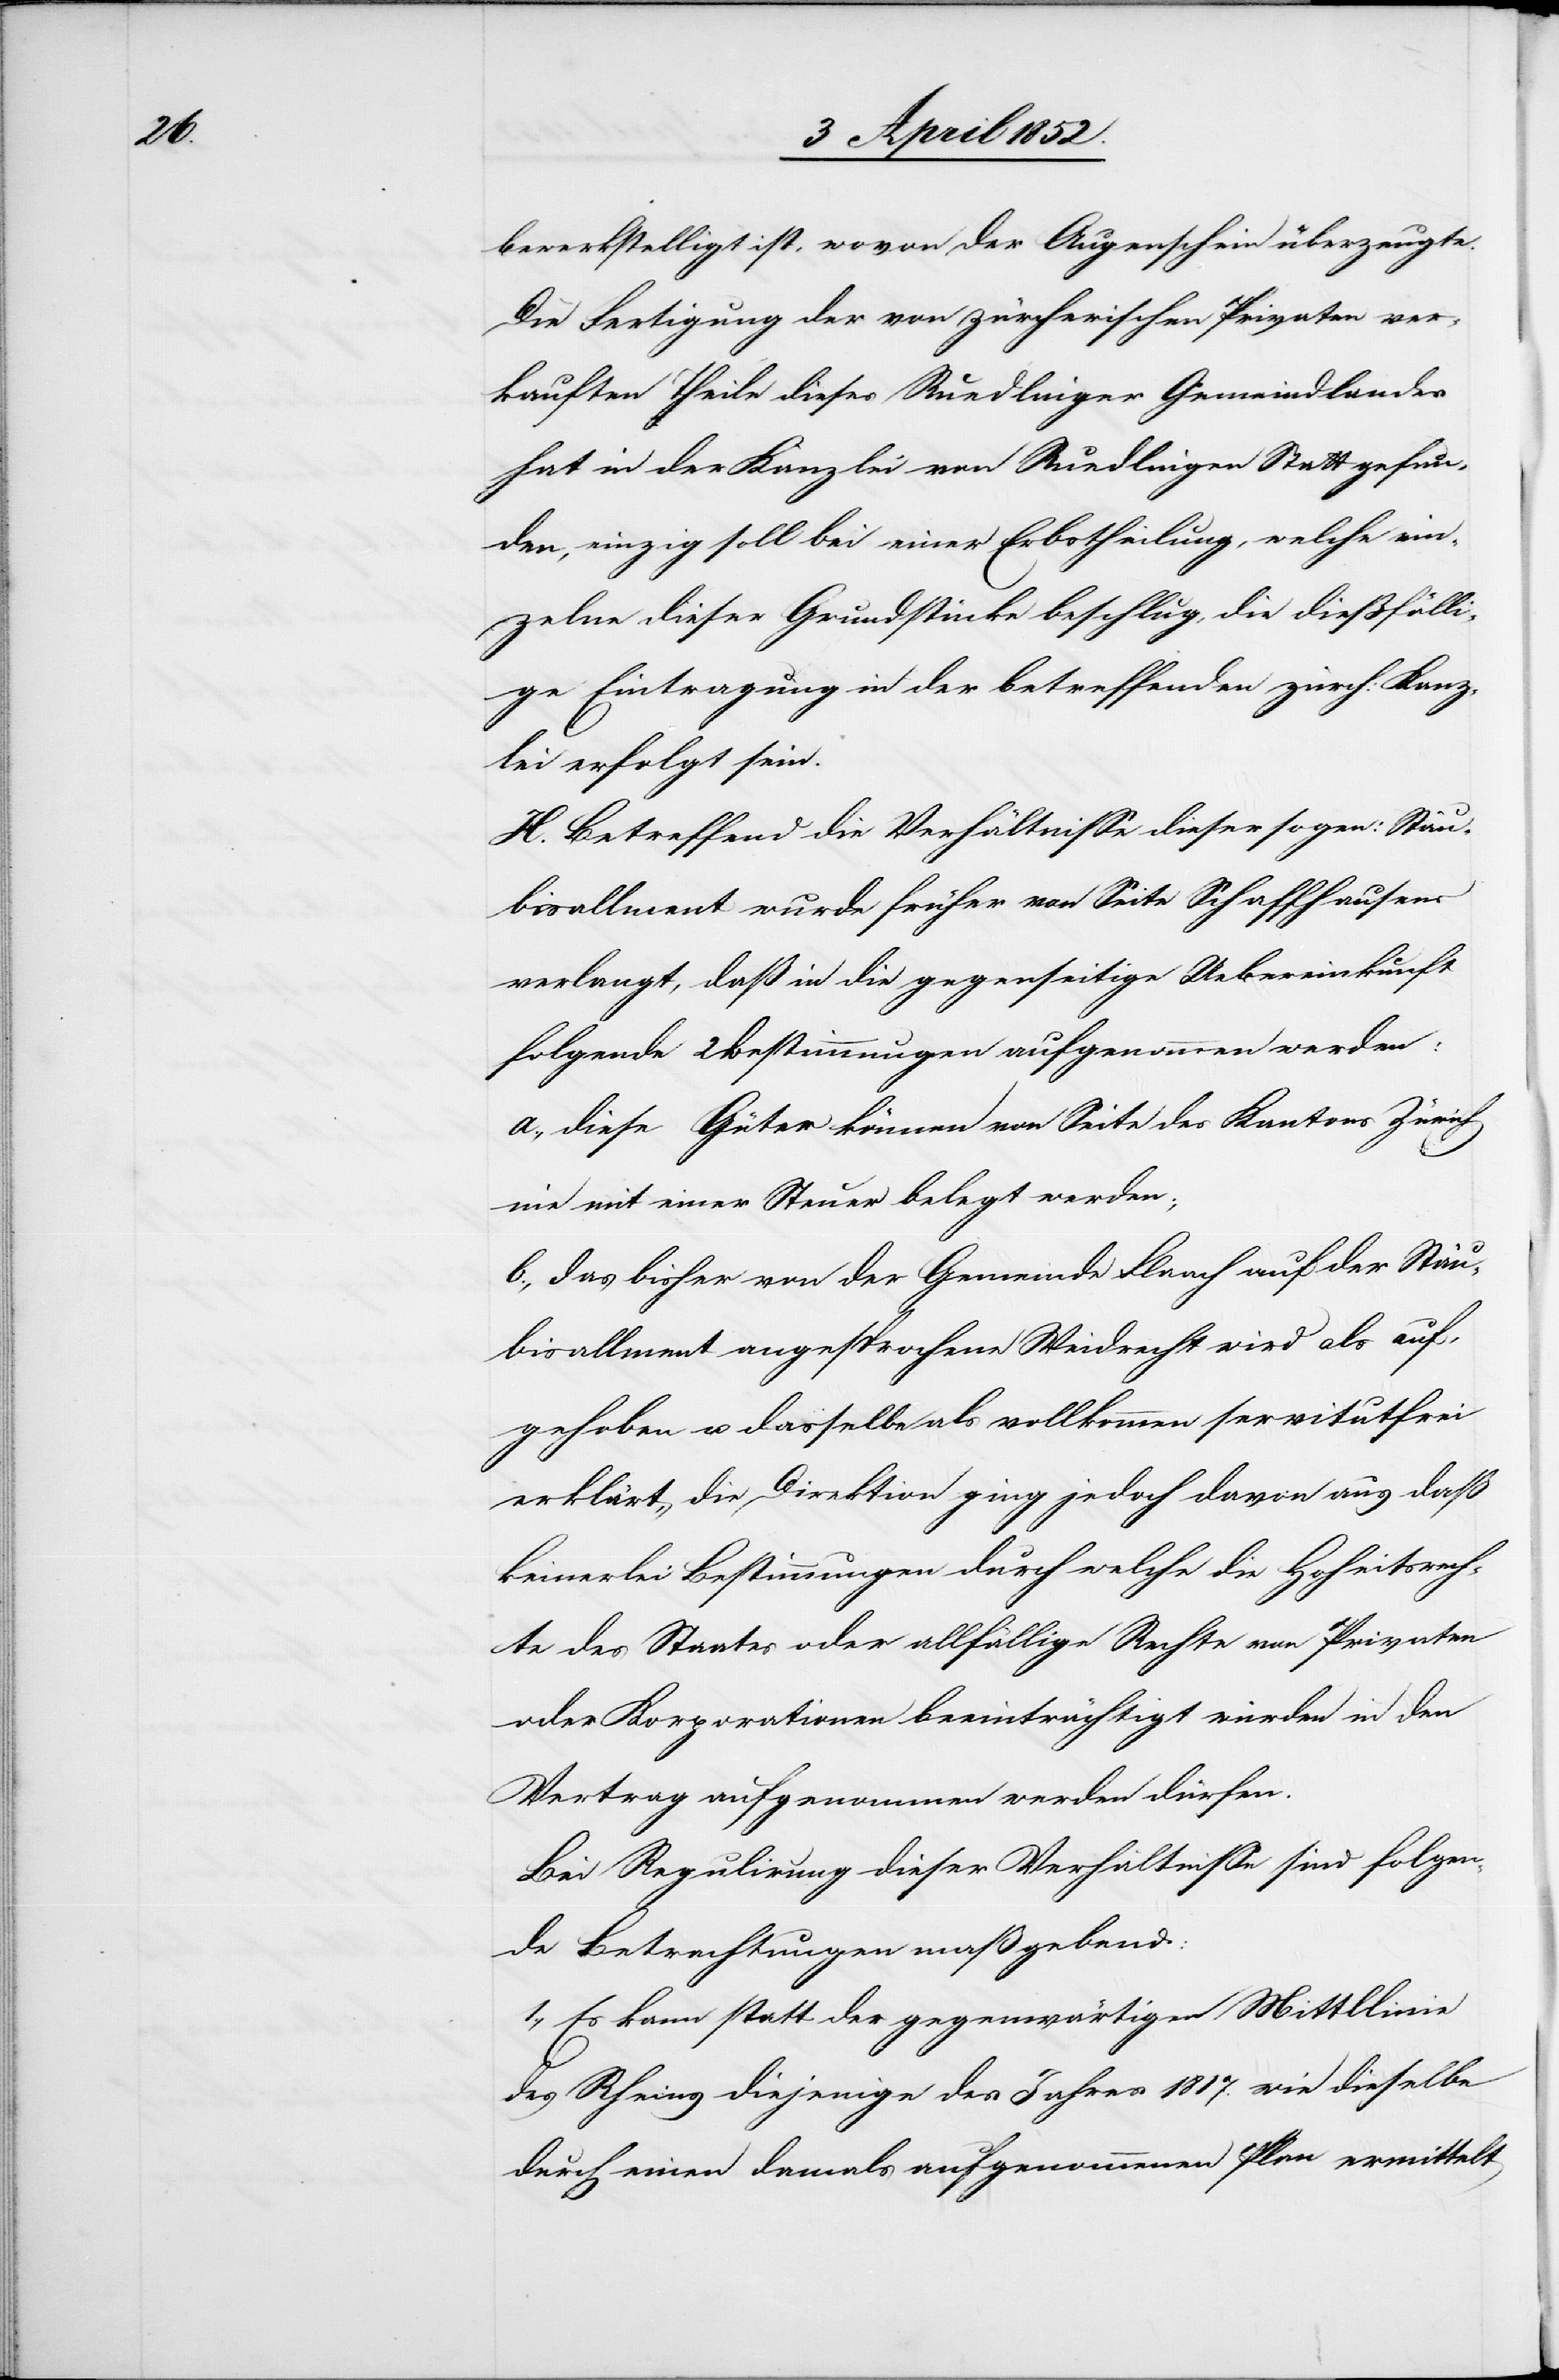
bewerkstelligt ist, wovon der Augenschein überzeugte.
Die Fertigung der von zürcherischen Privaten ver¬
kauften Theile dieses Ruedlinger Gemeindlandes
hat in der Kanzlei von Ruedlingen Statt gefun¬
den, einzig soll bei einer Erbstheilung, welche ein¬
zelne dieser Grundstücke beschlug, die dießfälli¬
ge Eintragung in der betreffenden zürch: Kanz¬
lei erfolgt sein.
H. Betreffend die Verhältnisse dieser sogen: Stäu¬
bisallment wurde früher von Seite Schaffhausens
verlangt, daß in die gegenseitige Uebereinkunft
folgende 2 Bestimmungen aufgenommen werden:
a., diese Güter können von Seite des Kantons Zürich
nie mit einer Steuer belegt werden;
b., das bisher von der Gemeinde Flaach auf der Stäu¬
bisallment angesprochene Weidrecht wird als auf¬
gehoben u. dasselbe als vollkommen servitutfrei
erklärt, die Direktion ging jedoch davon aus daß
keinerlei Bestimmungen durch welche die Hoheitsrech¬
te des Staates oder allfällige Rechte von Privaten
oder Korporationen beeinträchtigt würden in den
Vertrag aufgenommen werden dürfen.
Bei Regulirung dieser Verhältnisse sind folgen¬
de Betrachtungen maßgebend:
1., Es kann statt der gegenwärtigen Mitt[e]llinie
des Rheins diejenige des Jahres 1817. wie dieselbe
durch einen damals aufgenommenen Plan ermittelt